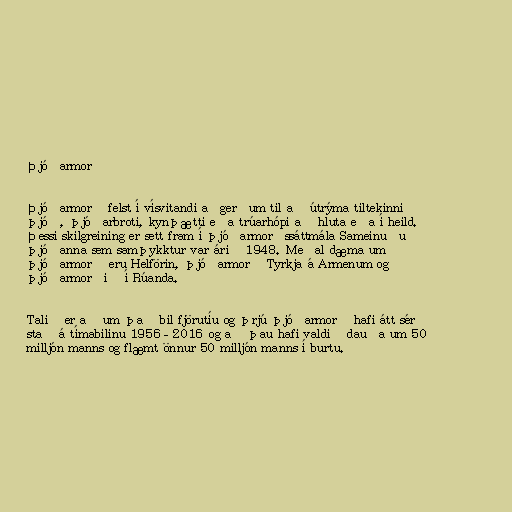
Þjóðarmorð

Þjóðarmorð felst í vísvitandi aðgerðum til að útrýma tiltekinni
þjóð, þjóðarbroti, kynþætti eða trúarhópi að hluta eða í heild.
Þessi skilgreining er sett fram í þjóðarmorðssáttmála Sameinuðu
þjóðanna sem samþykktur var árið 1948. Meðal dæma um
þjóðarmorð eru Helförin, þjóðarmorð Tyrkja á Armenum og
þjóðarmorðið í Rúanda.

Talið er að um það bil fjörutíu og þrjú þjóðarmorð hafi átt sér
stað á tímabilinu 1956–2016 og að þau hafi valdið dauða um 50
milljón manns og flæmt önnur 50 milljón manns í burtu.